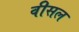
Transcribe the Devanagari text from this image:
वीसल